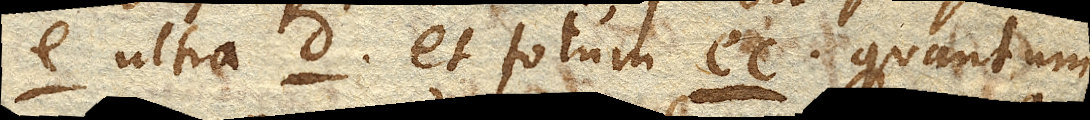
e. ultra d. et totum ec. quantum–